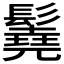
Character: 𩯆